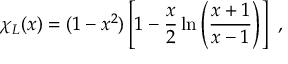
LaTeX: \chi _ { L } ( x ) = ( 1 - x ^ { 2 } ) \left[ 1 - \frac { x } { 2 } \ln \left( \frac { x + 1 } { x - 1 } \right) \right] \ ,